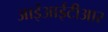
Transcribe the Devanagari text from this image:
आईआईटीआर